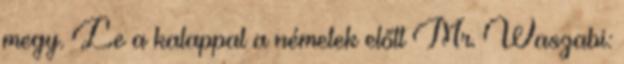
megy. Le a kalappal a németek előtt Mr. Waszabi: